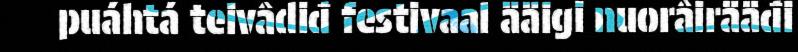
puáhtá teivâdiđ festivaal ääigi nuorâirääđi